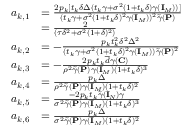
\begin{array} { r l } { a _ { k , 1 } } & { = \frac { 2 p _ { k } [ t _ { k } \delta \Delta ( t _ { k } \gamma + \sigma ^ { 2 } ( 1 + t _ { k } \delta ) \gamma ( { \mathbf { I } } _ { M } ) ) ] } { ( t _ { k } \gamma + \sigma ^ { 2 } ( 1 + t _ { k } \delta ) ^ { 2 } \gamma ( { \mathbf { I } } _ { M } ) ) ^ { 2 } \widetilde { \gamma } ( { \mathbf { P } } ) } } \\ & { = \frac { 2 } { ( \tau \delta ^ { 2 } + \sigma ^ { 2 } ( 1 + \delta ) ^ { 2 } ) } } \\ { a _ { k , 2 } } & { = - \frac { p _ { k } t _ { k } ^ { 2 } \delta ^ { 2 } \Delta ^ { 2 } } { ( t _ { k } \gamma + \sigma ^ { 2 } ( 1 + t _ { k } \delta ) ^ { 2 } \gamma ( { \mathbf { I } } _ { M } ) ) \widetilde { \gamma } ( { \mathbf { P } } ) ^ { 2 } } } \\ { a _ { k , 3 } } & { = - \frac { 2 p _ { k } t _ { k } \overline { { d } } \gamma ( { \mathbf { C } } ) } { \rho ^ { 2 } \widetilde { \gamma } ( { \mathbf { P } } ) \gamma ( { \mathbf { I } } _ { M } ) ( 1 + t _ { k } \delta ) ^ { 3 } } } \\ { a _ { k , 4 } } & { = \frac { p _ { k } \Delta } { \rho ^ { 2 } \widetilde { \gamma } ( { \mathbf { P } } ) \gamma ( { \mathbf { I } } _ { M } ) ( 1 + t _ { k } \delta ) ^ { 2 } } } \\ { a _ { k , 5 } } & { = \frac { - 2 p _ { k } t _ { k } \widetilde { \gamma } ( { \mathbf { I } } _ { N } ) \gamma } { \sigma ^ { 2 } \widetilde { \gamma } ( { \mathbf { P } } ) \gamma ( { \mathbf { I } } _ { M } ) ( 1 + t _ { k } \delta ) ^ { 3 } } } \\ { a _ { k , 6 } } & { = \frac { p _ { k } \Delta } { \sigma ^ { 2 } \widetilde { \gamma } ( { \mathbf { P } } ) \gamma ( { \mathbf { I } } _ { M } ) ( 1 + t _ { k } \delta ) ^ { 2 } } } \end{array}